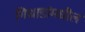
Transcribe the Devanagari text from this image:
गिधाडांमधील